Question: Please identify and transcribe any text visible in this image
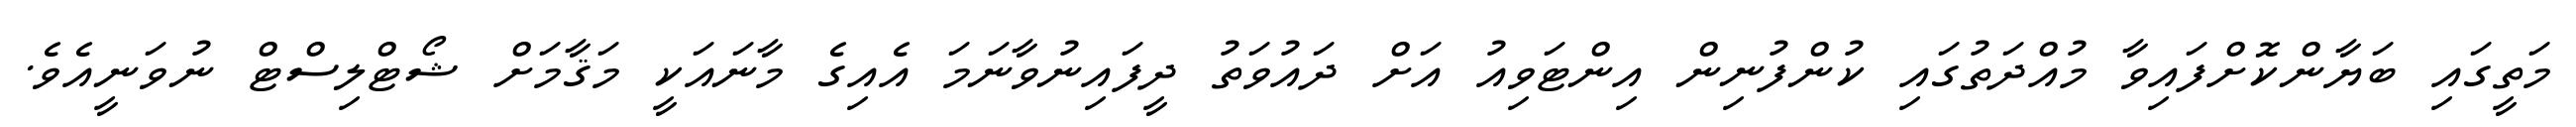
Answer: މަތީގައި ބަޔާންކޮށްފައިވާ މުއްދަތުގައި ކުންފުނިން އިންޓަވިއު އަށް ދައުވަތު ދީފައިނުވާނަމަ އެއިގެ މާނައަކީ މަޤާމަށް ޝޯޓްލިސްޓް ނުވަނީއެވެ.